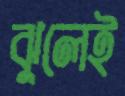
ঝুলেই